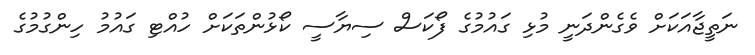
ނަތީޖާއަކަށް ވެގެންދަނީ މުޅި ގައުމުގެ ފޯކަސް ސިޔާސީ ކޯޅުންތަކަށް ހުއްޓި ގައުމު ހިންގުމުގެ